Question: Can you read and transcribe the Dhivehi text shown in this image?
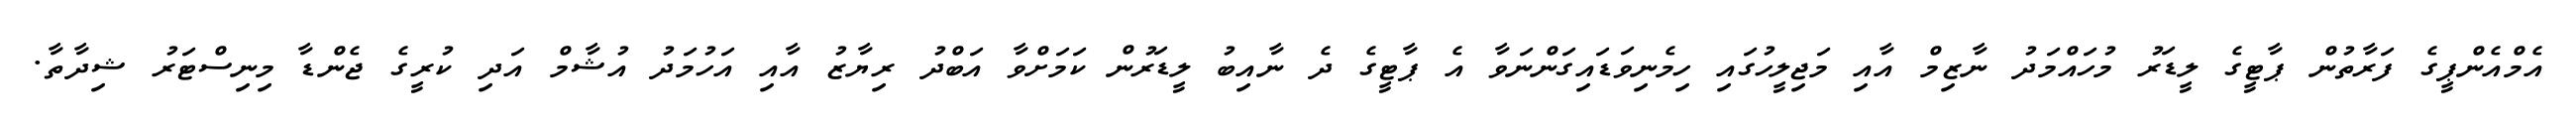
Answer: އެމްއެންޕީގެ ފަރާތުން ޕާޓީގެ ލީޑަރު މުހައްމަދު ނާޒިމް އާއި މަޖިލީހުގައި ހިމެނިވަޑައިގަންނަވާ އެ ޕާޓީގެ ދެ ނާއިބު ލީޑަރުން ކަމަށްވާ އަބްދު ރިޔާޒު އާއި އަހުމަދު އުޝާމް އަދި ކުރީގެ ޖެންޑާ މިނިސްޓަރު ޝިދާތާ.